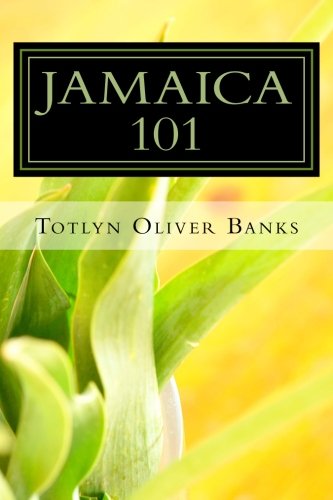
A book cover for Jamaica 101: Enjoying Jamaica; Totlyn Oliver Banks; Travel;